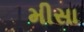
મીસા